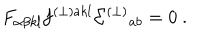
F _ { \alpha \beta k l } f ^ { ( \perp ) a k l } \Sigma ^ { ( \perp ) } { } _ { a b } = 0 \ .